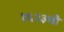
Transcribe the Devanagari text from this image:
१६२३ची